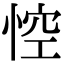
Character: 悾